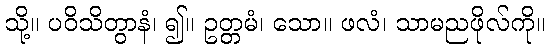
သို့။ ပဝိသိတွာနံ၊ ၍။ ဥတ္တမံ၊ သော။ ဖလံ၊ သာမညဖိုလ်ကို။